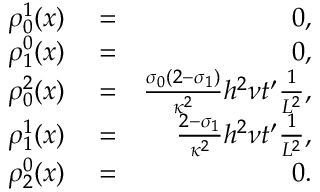
\begin{array} { r l r } { \rho _ { 0 } ^ { 1 } ( x ) } & { { } = } & { 0 , } \\ { \rho _ { 1 } ^ { 0 } ( x ) } & { { } = } & { 0 , } \\ { \rho _ { 0 } ^ { 2 } ( x ) } & { { } = } & { \frac { \sigma _ { 0 } ( 2 - \sigma _ { 1 } ) } { \kappa ^ { 2 } } h ^ { 2 } \nu t ^ { \prime } \frac { 1 } { L ^ { 2 } } , } \\ { \rho _ { 1 } ^ { 1 } ( x ) } & { { } = } & { \frac { 2 - \sigma _ { 1 } } { \kappa ^ { 2 } } h ^ { 2 } \nu t ^ { \prime } \frac { 1 } { L ^ { 2 } } , } \\ { \rho _ { 2 } ^ { 0 } ( x ) } & { { } = } & { 0 . } \end{array}